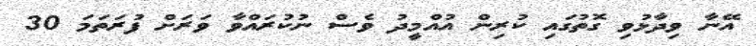
އޭނާ ވިދާޅުވި ގޮތުގައި ކުރިން އުއްމީދު ވެސް ނުކުރައްވާ ވަރަށް ފުރަތަމަ 30